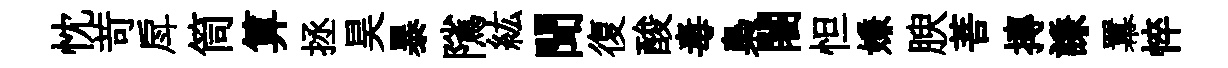
忱苛戽筒算拯昊暴隲紘聞復酸毒梟闍怛嫌腴菩摶謙羃悴